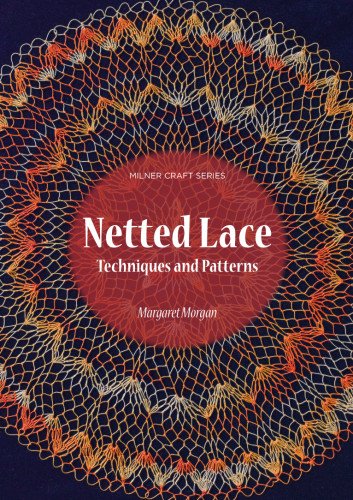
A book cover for Netted Lace: Techniques and Patterns (Milner Craft Series); Margaret Morgan; Crafts, Hobbies & Home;